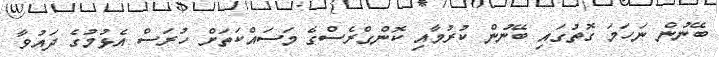
ބޭނުން ނަހަމަ ގޮތުގައި ބޭނުން ކުރުމާއި ކޮންގްރެސްގެ މަސައްކަތަށް ހުރަސް އެޅުމުގެ ދައުވާ